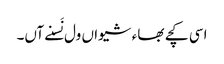
اسی کچے بھاء شیواں ول نَسنے آں۔